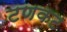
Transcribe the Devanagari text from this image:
टणकट